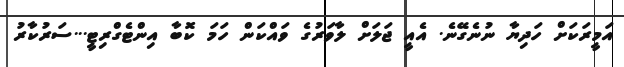
އަމީރަކަށް ހަދިޔާ ނުނެގޭނެ. އެއީ ޖަލަށް ލާވަރުގެ ވައްކަން ހަމަ ކޮބާ އިންޓެގްރިޓީ...ސަރުކާރު